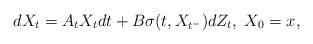
LaTeX: \begin{align*}dX_t = A_t X_tdt + B\sigma(t,X_{t^-})dZ_t,\ X_0=x,\end{align*}